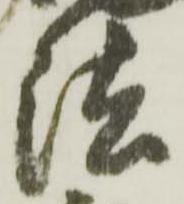
法